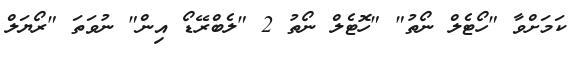
ކަމަށްވާ "ހޯޓެލް ނޯތު" "ހޮޓެލް ނޯތު 2 "ލެބްރޭޑޯ އިން" ނުވަތަ "ރޯޔަލް